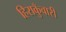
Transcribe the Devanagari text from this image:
हिराकुँवारी